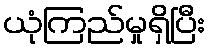
ယုံကြည်မှုရှိပြီး